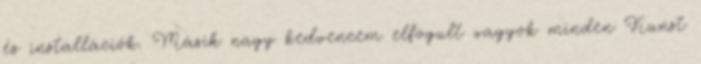
és installációk. Másik nagy kedvencem elfogult vagyok minden Kunst